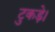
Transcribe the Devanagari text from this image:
टुकड़े।